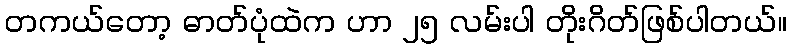
တကယ်တော့ ဓာတ်ပုံထဲက ဟာ ၂၅ လမ်းပါ တိုးဂိတ်ဖြစ်ပါတယ်။